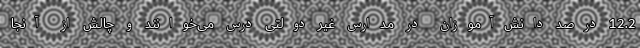
12.2 درصد دانش‌آموزان در مدارس غیر دولتی درس می‌خوانند و چالش از آنجا